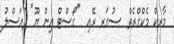
މާރކް މެކްގްރެތް  ސުގަރ ރޭއި  "ގޯސްޓް އިން ޔޫ" (އަސްލު